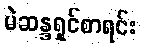
မဲဆန္ဒရှင်စာရင်း